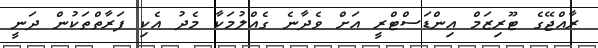
ރާއްޖޭގެ ޓޫރިޒަމް އިންޑަސްޓްރީ އަށް ވެދާނެ ގެއްލުމަކާ މެދު އެކި ފަރާތްތަކުން ދަނީ